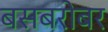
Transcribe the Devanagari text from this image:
बसबरोबर